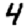
Digit: 4